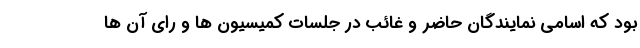
بود که اسامی نمایندگان حاضر و غائب در جلسات کمیسیون ها و رای آن ها